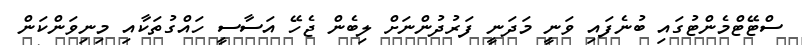
ސްޓޭޓްމެންޓުގައި ބުނެފައި ވަނީ މަދަނީ ފަރުދުންނަށް ލިބެން ޖެހޭ އަސާސީ ހައްގުތަކާއި މިނިވަންކަން